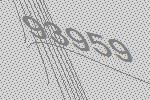
93959